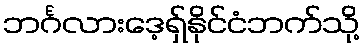
ဘင်္ဂလားဒေ့ရှ်နိုင်ငံဘက်သို့